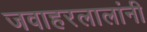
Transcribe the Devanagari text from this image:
जवाहरलालांनी